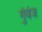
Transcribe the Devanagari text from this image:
गुंबंज